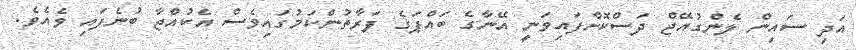
އަދި ސައިން ލެންގުއޭޖް ދަސްކޮށްފައިވަނީ އޭނާގެ ބައްޕަގެ ފަރާތުންކަމުގައިވެސް އެކުއްޖާ ބުނެފައި ވެއެވެ.